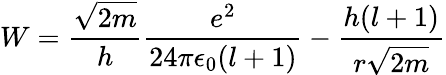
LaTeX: W={\frac{\sqrt{2m}}{h}}{\frac{e^{2}}{24\pi\epsilon_{0}(l+1)}}-{\frac{h(l+1)}{r{\sqrt{2m}}}}